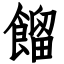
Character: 餾